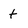
Character: t